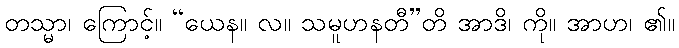
တသ္မာ၊ ကြောင့်။ “ယေန။ လ။ သမူဟနတီ”တိ အာဒိ၊ ကို။ အာဟ၊ ၏။